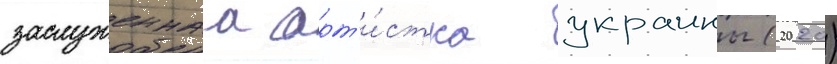
заслуженнаа арт'и́стка украины (2020)